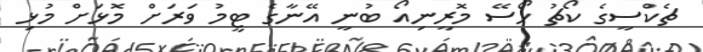
ޗެކްސީގެ ކޯޗު ހޯސޭ މޮރީނިއޯ ބުނީ އޭނާގެ ޓީމު ވަރަށް މޮޅަށް މުޅި